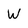
Character: W